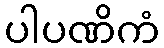
ပါပဏိကံ